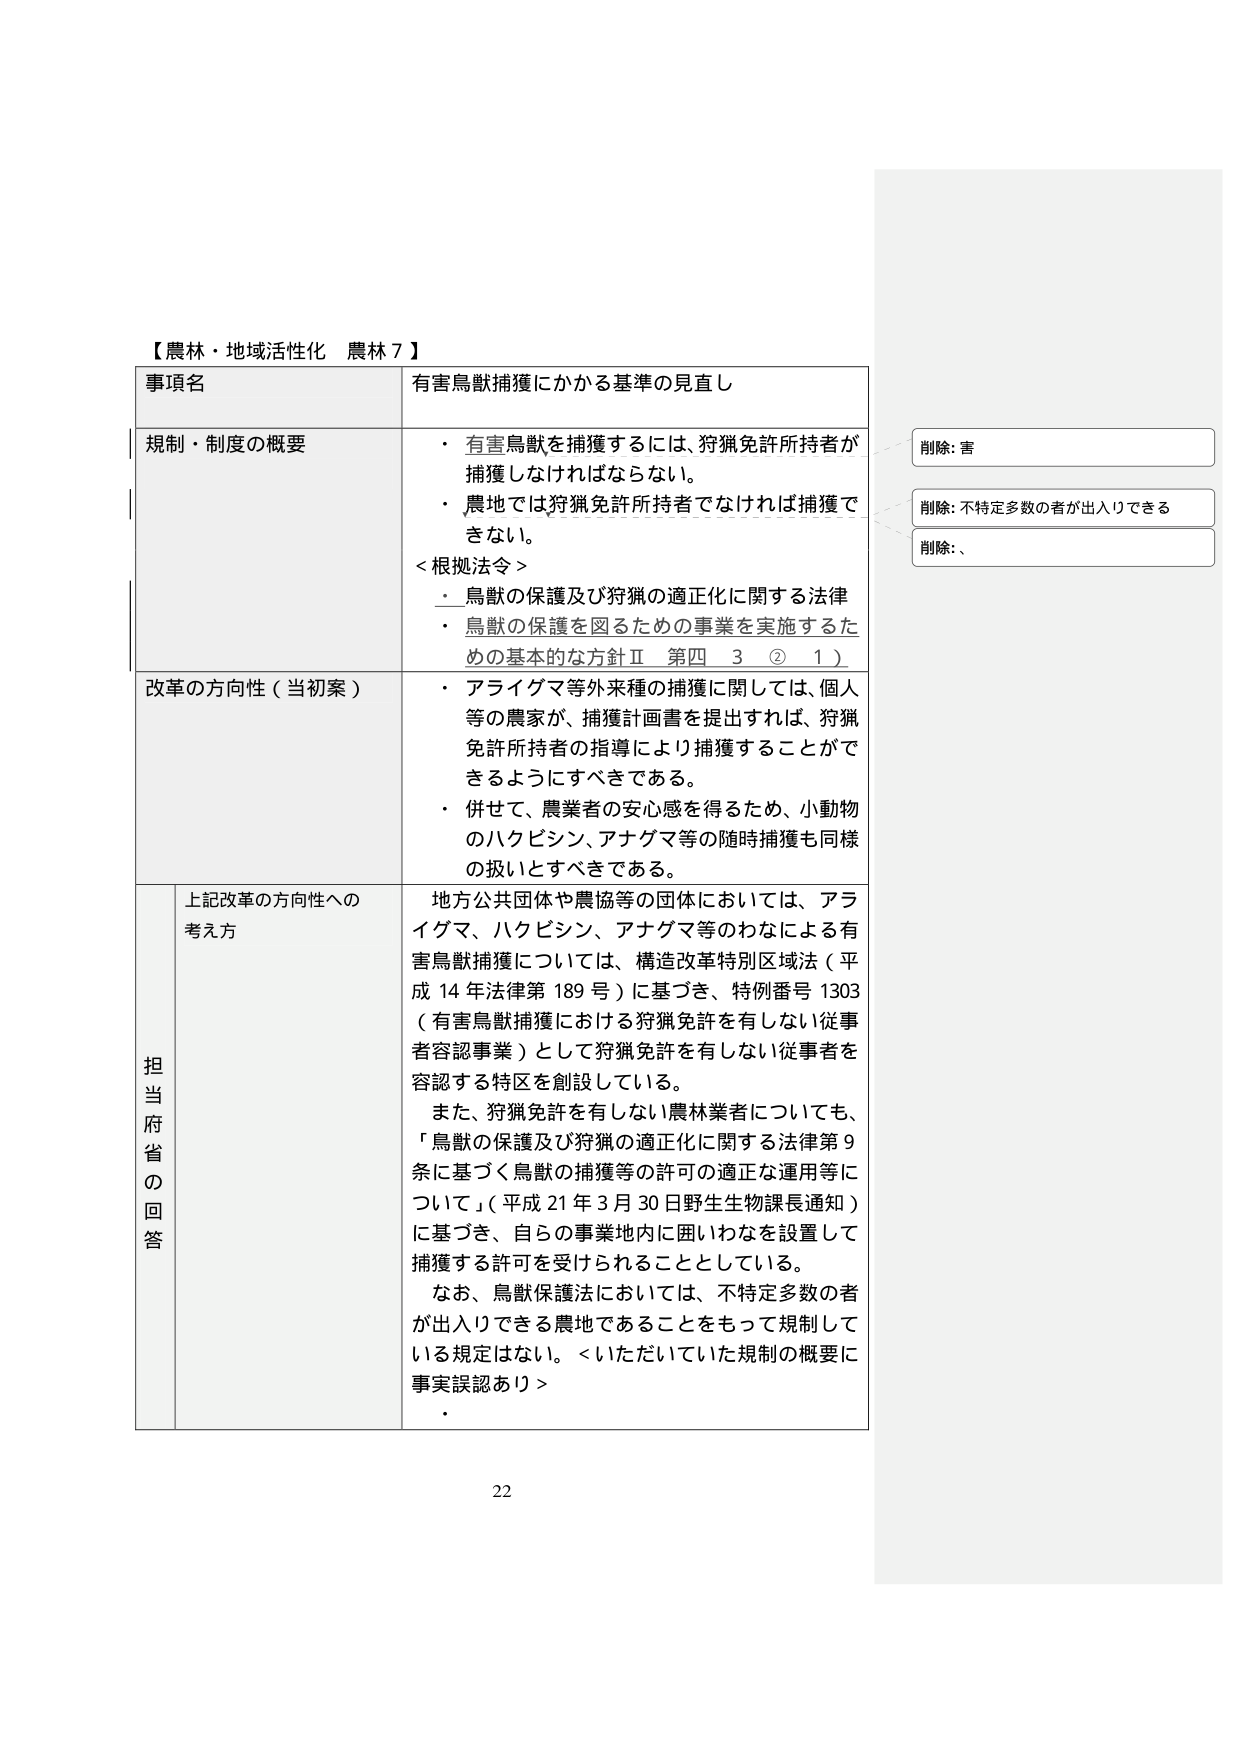
【農林・地域活性化 農林７】

事項名 有害鳥獣捕獲にかかる基準の見直し

規制・制度の概要
・ 有害鳥獣を捕獲するには、狩猟免許所持者が捕獲しなければならない。
・ 農地では狩猟免許所持者でなければ捕獲できない。
＜根拠法令＞
・ 鳥獣の保護及び狩猟の適正化に関する法律
・ 鳥獣の保護を図るための事業を実施するための基本的な方針Ⅱ 第四 3 ② 1）

改革の方向性（当初案）
・ アライグマ等外来種の捕獲に関しては、個人等の農家が、捕獲計画書を提出すれば、狩猟免許所持者の指導により捕獲することができるようすべきである。
・ 併せて、農業者の安心感を得るため、小動物のハクビシン、アナグマ等の随時捕獲も同様の扱いとすべきである。

担当府省の回答
上記改革の方向性への考え方
地方公共団体や農協等の団体においては、アライグマ、ハクビシン、アナグマ等のわなによる有害鳥獣捕獲については、構造改革特別区域法（平成14年法律第189号）に基づき、特例番号1303（有害鳥獣捕獲における狩猟免許を有しない従事者容認事業）として狩猟免許を有しない従事者を容認する特区を創設している。
また、狩猟免許を有しない農林業者についても、「鳥獣の保護及び狩猟の適正化に関する法律第9条に基づく鳥獣の捕獲等の許可の適正な運用等について」（平成21年3月30日野生生物課長通知）に基づき、自らの事業地内に囲いわなを設置して捕獲する許可を受けられることとしている。
なお、鳥獣保護法においては、不特定多数の者が出入りできる農地であることをもって規制している規定はない。＜いただいていた規制の概要に事実誤認あり＞

削除: 害
削除: 不特定多数の者が出入りできる
削除: 、

22